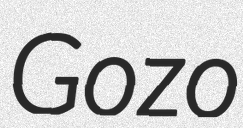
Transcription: Gozo